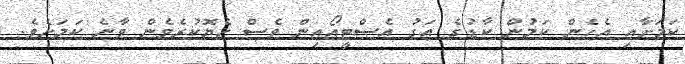
ކަމަށާއި އެހެން ކަމުން ކާޑުގެ އަގު އެސްޓީއޯއިން ވެސް ހެޔޮކުރެވެން ވާނެ ކަމަށެވެ.